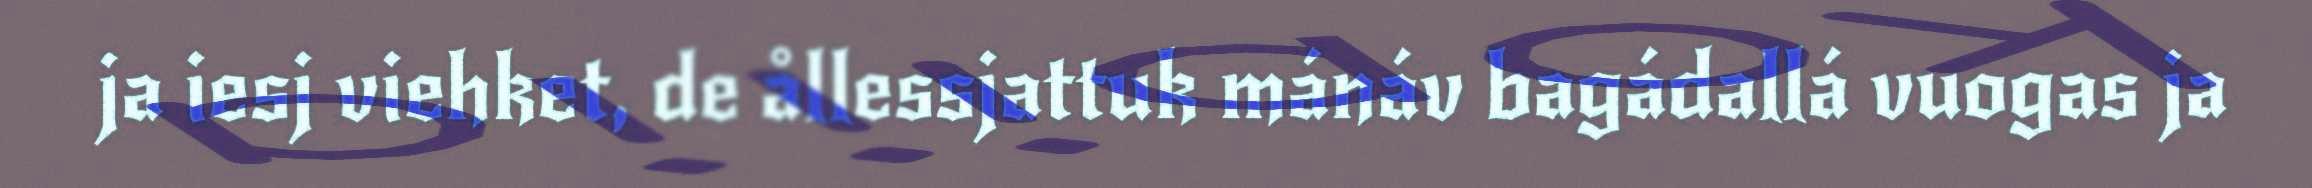
ja iesj viehket, de ållessjattuk mánáv bagádallá vuogas ja